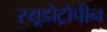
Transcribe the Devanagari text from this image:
स्यूडोट्रोपीन